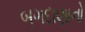
બગદાણાનો